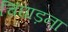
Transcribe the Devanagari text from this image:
चिंघाड़ना